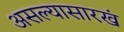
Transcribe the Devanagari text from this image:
असल्यासारखं